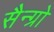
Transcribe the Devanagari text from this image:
सैन्ग्रो